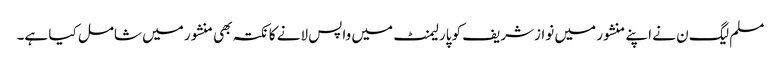
مسلم لیگ ن نے اپنے منشور میں نوازشریف کو پارلیمنٹ میں واپس لانے کا نکتہ بھی منشور میں شامل کیا ہے۔